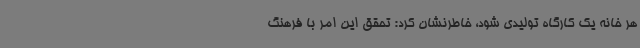
هر خانه یک کارگاه تولیدی شود، خاطرنشان کرد: تحقق این امر با فرهنگ